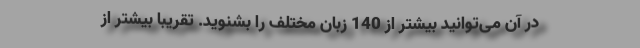
در آن می‌توانید بیشتر از 140 زبان مختلف را بشنوید. تقریبا بیشتر از